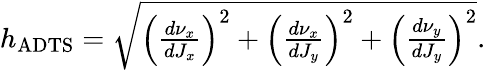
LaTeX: \begin{array}{r}{h_{\mathrm{ADTS}}=\sqrt{\left(\frac{d\nu_{x}}{dJ_{x}}\right)^{2}+\left(\frac{d\nu_{x}}{dJ_{y}}\right)^{2}+\left(\frac{d\nu_{y}}{dJ_{y}}\right)^{2}}.}\end{array}